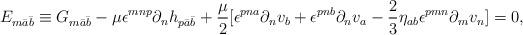
LaTeX: \begin{align*}E_{m\bar a\bar b} \equiv G_{m\bar a\bar b} -\mu\epsilon^{mnp}\partial_{n}h_{p\bar a\bar b}+ \frac{\mu}{2}[\epsilon^{pna}\partial_{n}v_{b} +\epsilon^{pnb}\partial_{n}v_{a} -\frac{2}{3}\eta_{ab}\epsilon^{pmn}\partial_{m}v_{n}] = 0,\end{align*}